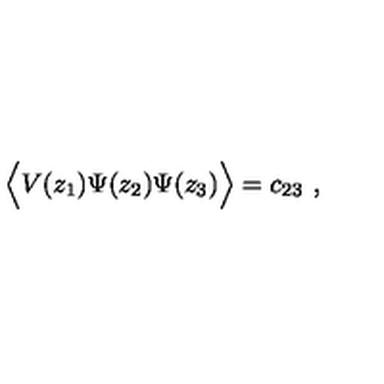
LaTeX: \Big \langle V ( z _ { 1 } ) \Psi ( z _ { 2 } ) \Psi ( z _ { 3 } ) \Big \rangle = c _ { 2 3 } \ ,